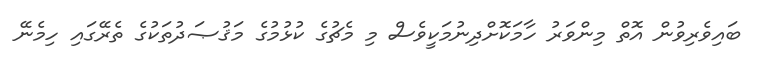
ބައިވެރިވުން އޮތް މިންވަރު ހާމަކޮށްދިނުމަކީވެސް މި މެޗުގެ ކުޅުމުގެ މަޤުޞަދުތަކުގެ ތެރޭގައި ހިމެނޭ